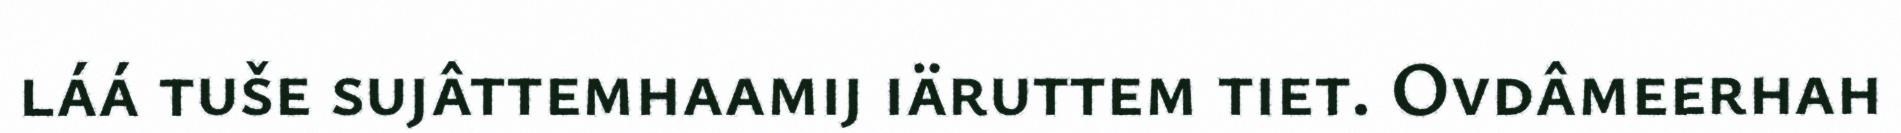
láá tuše sujâttemhaamij iäruttem tiet. Ovdâmeerhah